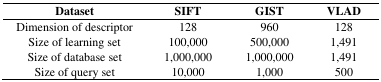
<table><thead><tr><td><b>Dataset</b></td><td><b>SIFT</b></td><td><b>GIST</b></td><td><b>VLAD</b></td></tr></thead><tbody><tr><td>Dimension of descriptor</td><td>128</td><td>960</td><td>128</td></tr><tr><td>Size of learning set</td><td>100,000</td><td>500,000</td><td>1,491</td></tr><tr><td>Size of database set</td><td>1,000,000</td><td>1,000,000</td><td>1,491</td></tr><tr><td>Size of query set</td><td>10,000</td><td>1,000</td><td>500</td></tr></tbody></table>